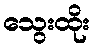
သွေးထိုး